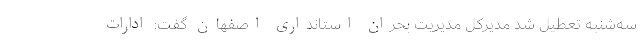
سه‌شنبه تعطیل شد مدیرکل مدیریت بحران استانداری اصفهان گفت: ادارات